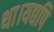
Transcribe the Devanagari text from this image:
था।यद्यपि